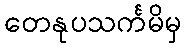
တေနုပသင်္ကမိမှ